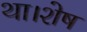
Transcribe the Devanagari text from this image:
था।शेष